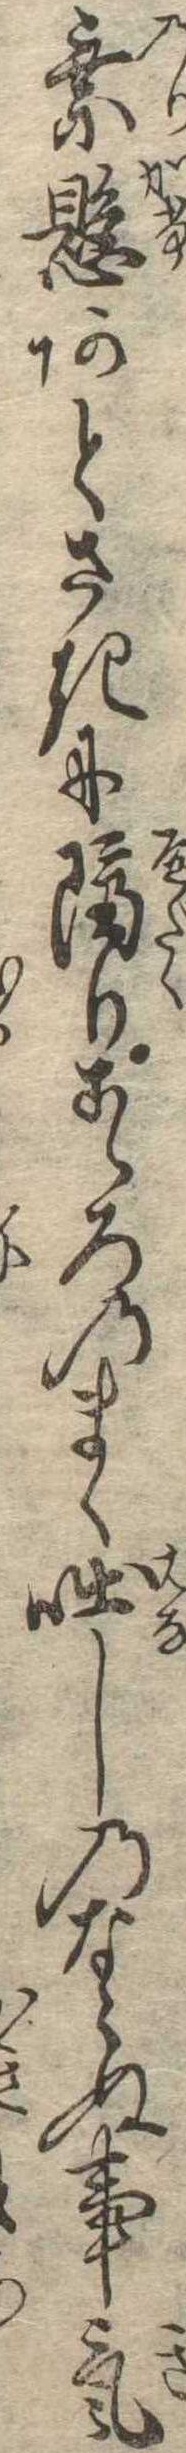
乗懸あとさきに隔りこゝろのまゝ咄しのならぬ事気